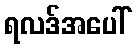
ရလဒ်အပေါ်